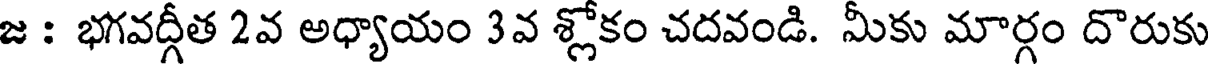
జ : భగవద్గీత 2వ అధ్యాయం 3వ శ్లోకం చదవండి. మీకు మార్గం దొరుకు